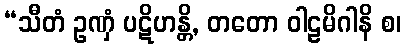
“သီတံ ဥဏှံ ပဋိဟန္တိ, တတော ဝါဠမိဂါနိ စ၊